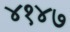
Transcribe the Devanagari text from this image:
४१४७